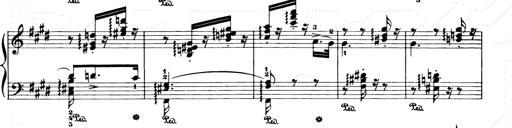
Title: Consolations and LiebestrÃ¤ume for the Piano
Composer: Franz Liszt